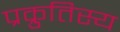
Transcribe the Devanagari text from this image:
प्रक्रुतिस्य